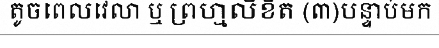
តូចពេលវេលា ឬ ព្រហ្មលិខិត (៣)បន្ទាប់មក